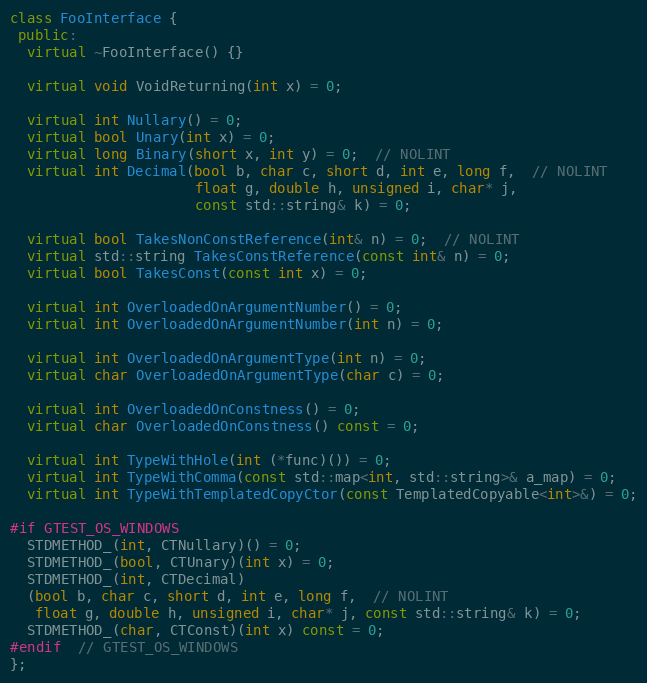
Language: C++
class FooInterface {
 public:
  virtual ~FooInterface() {}

  virtual void VoidReturning(int x) = 0;

  virtual int Nullary() = 0;
  virtual bool Unary(int x) = 0;
  virtual long Binary(short x, int y) = 0;  // NOLINT
  virtual int Decimal(bool b, char c, short d, int e, long f,  // NOLINT
                      float g, double h, unsigned i, char* j,
                      const std::string& k) = 0;

  virtual bool TakesNonConstReference(int& n) = 0;  // NOLINT
  virtual std::string TakesConstReference(const int& n) = 0;
  virtual bool TakesConst(const int x) = 0;

  virtual int OverloadedOnArgumentNumber() = 0;
  virtual int OverloadedOnArgumentNumber(int n) = 0;

  virtual int OverloadedOnArgumentType(int n) = 0;
  virtual char OverloadedOnArgumentType(char c) = 0;

  virtual int OverloadedOnConstness() = 0;
  virtual char OverloadedOnConstness() const = 0;

  virtual int TypeWithHole(int (*func)()) = 0;
  virtual int TypeWithComma(const std::map<int, std::string>& a_map) = 0;
  virtual int TypeWithTemplatedCopyCtor(const TemplatedCopyable<int>&) = 0;

#if GTEST_OS_WINDOWS
  STDMETHOD_(int, CTNullary)() = 0;
  STDMETHOD_(bool, CTUnary)(int x) = 0;
  STDMETHOD_(int, CTDecimal)
  (bool b, char c, short d, int e, long f,  // NOLINT
   float g, double h, unsigned i, char* j, const std::string& k) = 0;
  STDMETHOD_(char, CTConst)(int x) const = 0;
#endif  // GTEST_OS_WINDOWS
};